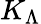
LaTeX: K_{\Lambda}